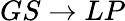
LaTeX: GS\rightarrow LP